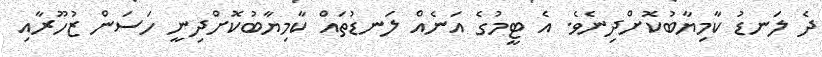
ދެ ލަނޑު ކާމިޔާބުކޮށްދިނެވެ. އެ ޓީމުގެ އަނެއް ލަނޑުތައް ކާމިޔާބުކޮށްދިނީ ހަސަން ޒުހޫރާއި